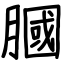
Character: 膕